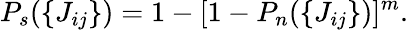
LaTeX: P_{s}(\{ J_{ij}\} )=1-[1-P_{n}(\{ J_{ij}\} )]^{m}.